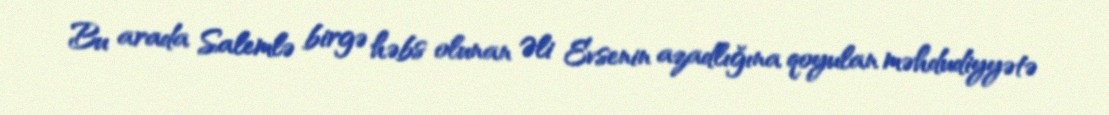
Bu arada Salemlə birgə həbs olunan Əli Evsenin azadlığına qoyulan məhdudiyyətə